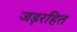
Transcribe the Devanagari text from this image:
जड़रहित